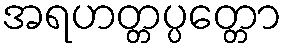
အရဟတ္တပ္ပတ္တော